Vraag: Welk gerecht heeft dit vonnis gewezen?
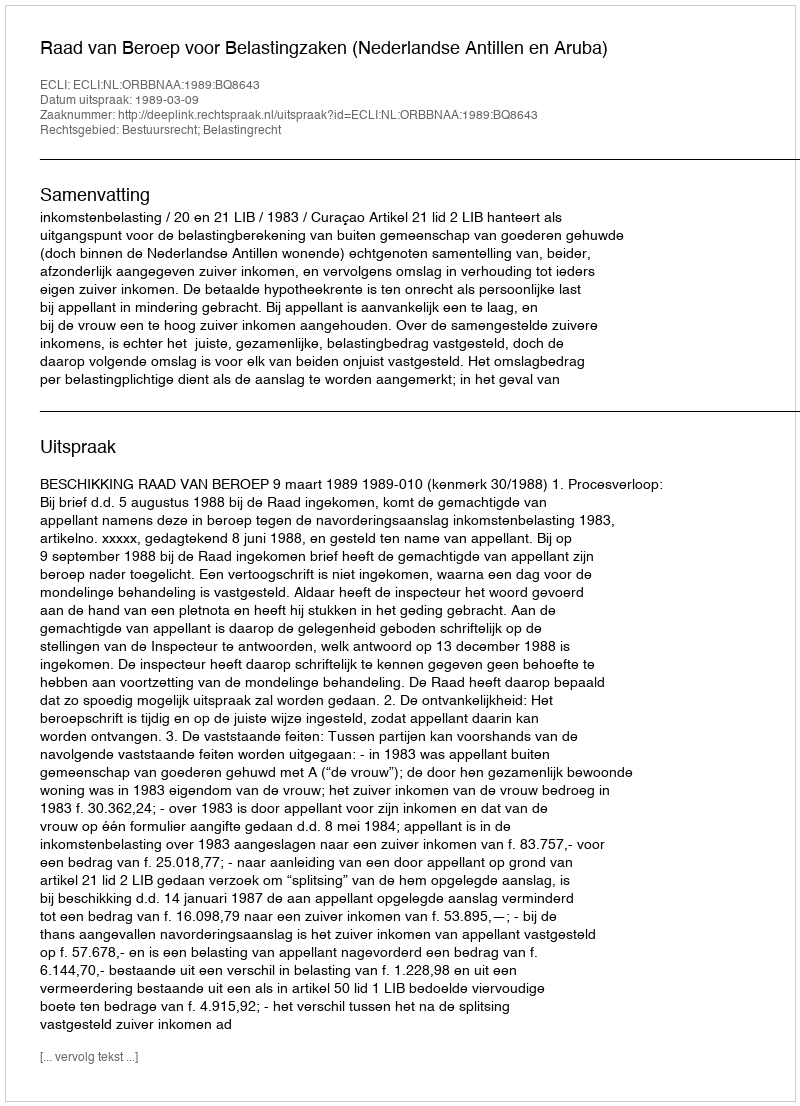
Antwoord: Raad van Beroep voor Belastingzaken (Nederlandse Antillen en Aruba)